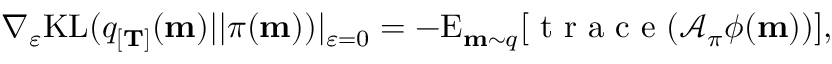
\nabla _ { \varepsilon } \mathrm { K L } ( q _ { [ \mathbf { T } ] } ( \mathbf { m } ) | | \pi ( \mathbf { m } ) ) | _ { \varepsilon = 0 } = - \mathrm { E } _ { \mathbf { m } \sim q } [ \mathrm { ~ t ~ r ~ a ~ c ~ e ~ } ( \mathcal { A } _ { \pi } \phi ( \mathbf { m } ) ) ] ,